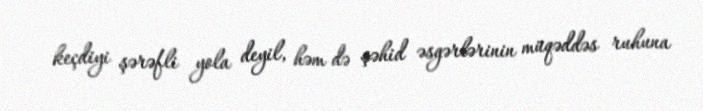
keçdiyi şərəfli yola deyil, həm də şəhid əsgərlərinin müqəddəs ruhuna